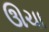
ઊચા